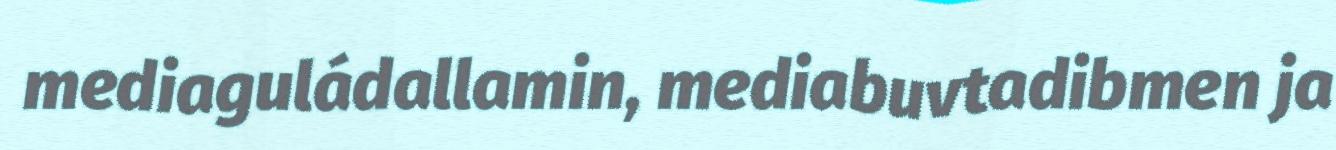
mediaguládallamin, mediabuvtadibmen ja